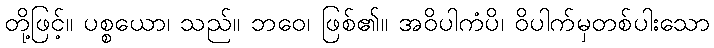
တို့ဖြင့်။ ပစ္စယော၊ သည်။ ဘဝေ၊ ဖြစ်၏။ အဝိပါကံပိ၊ ဝိပါက်မှတစ်ပါးသော